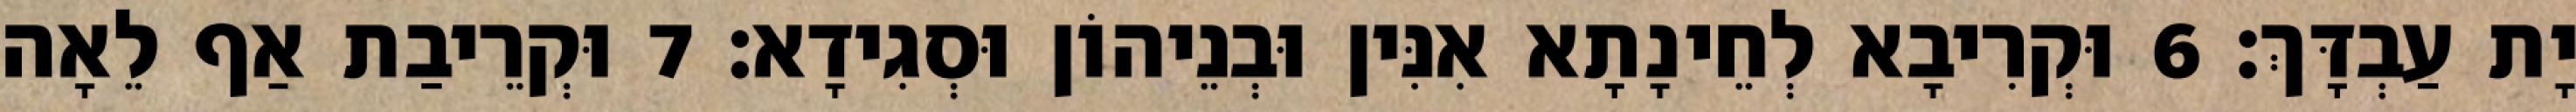
יָת עַבְדָּךְ׃ 6 וּקְרִיבָא לְחֵינָתָא אִנִּין וּבְנֵיהוֹן וּסְגִידָא׃ 7 וּקְרֵיבַת אַף לֵאָה